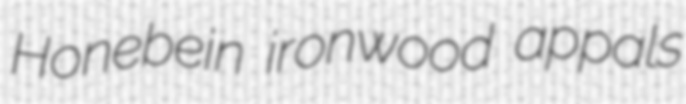
Honebein ironwood appals